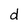
Character: d